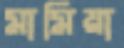
মামিয়া